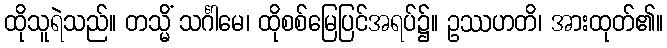
ထိုသူရဲသည်။ တသ္မိံ သင်္ဂါမေ၊ ထိုစစ်မြေပြင်အရပ်၌။ ဥဿဟတိ၊ အားထုတ်၏။